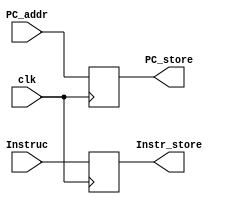
module IF_ID
(
    input clk,
    input [63:0] PC_addr,
    input [31:0] Instruc,
    output reg [63:0] PC_store,
    output reg [31:0] Instr_store
);
always @(negedge clk) begin
    PC_store = PC_addr;
    Instr_store = Instruc;
end
endmodule